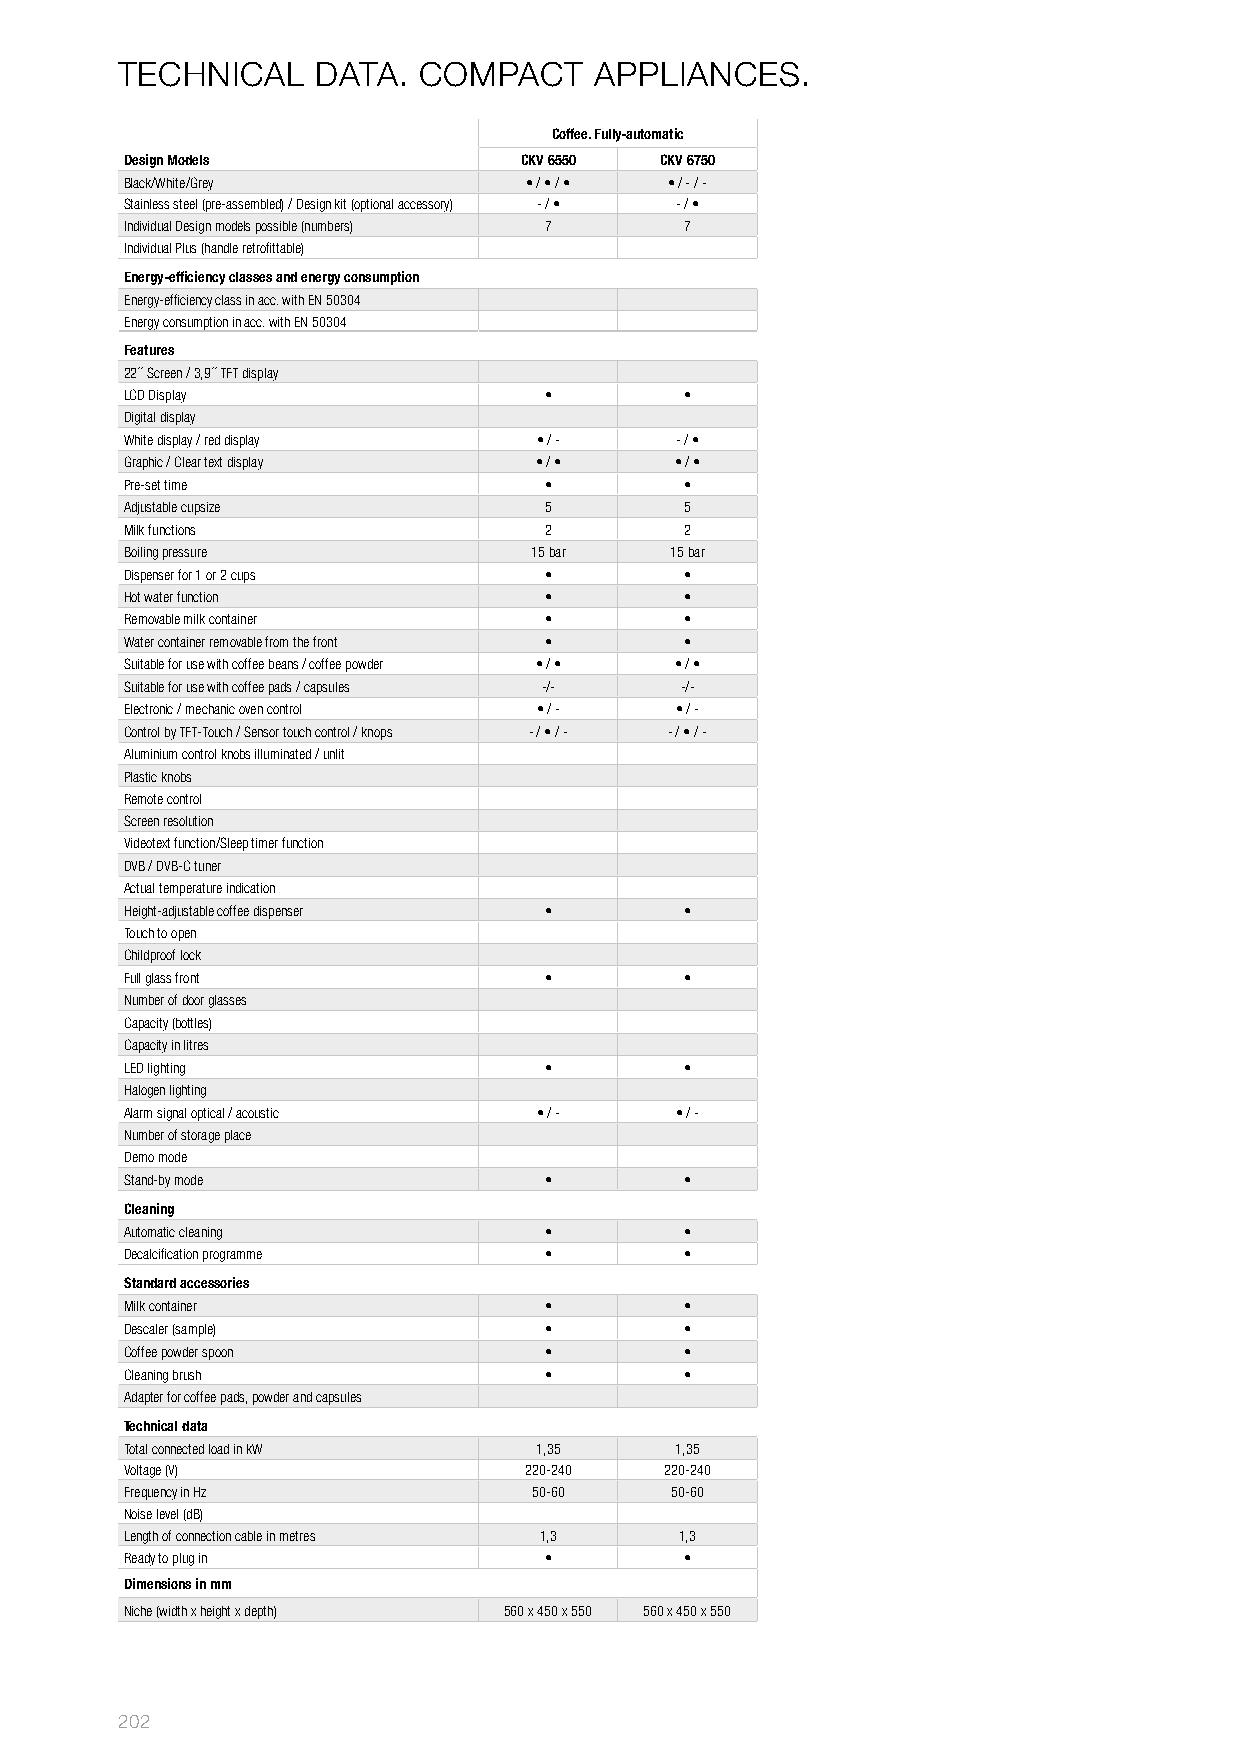
TECHNICAL    DATA.  COMPACT    APPLIANCES.
 Coffee. Fully-automatic
 Design Models             CKV 6550  CKV 6750
 Black/White/Grey           • / • / • • / - / -
 Stainless steel (pre-assembled) / Design kit (optional accessory) - / • - / •
 Individual Design models possible (numbers) 7 7
 Individual Plus (handle retrofittable)
 Energy-efficiency classes and energy consumption
 Energy-efficiency class in acc. with EN 50304
 Energy consumption in acc. with EN 50304
 Features
 22´´ Screen / 3,9´´ TFT display
 LCD Display                 •        •
 Digital display
 White display / red display • / -    - / •
 Graphic / Clear text display • / •   • / •
 Pre-set time                •        •
 Adjustable cupsize          5        5
 Milk functions              2        2
 Boiling pressure           15 bar   15 bar
 Dispenser for 1 or 2 cups   •        •
 Hot water function          •        •
 Removable milk container    •        •
 Water container removable from the front • •
 Suitable for use with coffee beans / coffee powder • / • • / •
 Suitable for use with coffee pads / capsules -/- -/-
 Electronic / mechanic oven control • / - • / -
 Control by TFT-Touch / Sensor touch control / knops - / • / - - / • / -
 Aluminium control knobs illuminated / unlit
 Plastic knobs
 Remote control
 Screen resolution
 Videotext function/Sleep timer function
 DVB / DVB-C tuner
 Actual temperature indication
 Height-adjustable coffee dispenser • •
 Touch to open
 Childproof lock
 Full glass front            •        •
 Number of door glasses
 Capacity (bottles)
 Capacity in litres
 LED lighting                •        •
 Halogen lighting
 Alarm signal optical / acoustic • / - • / -
 Number of storage place
 Demo mode
 Stand-by mode               •        •
 Cleaning
 Automatic cleaning          •        •
 Decalcification programme   •        •
 Standard accessories
 Milk container              •        •
 Descaler (sample)           •        •
 Coffee powder spoon         •        •
 Cleaning brush              •        •
 Adapter for coffee pads, powder and capsules
 Technical data
 Total connected load in kW 1,35      1,35
 Voltage (V)                220-240  220-240
 Frequency in Hz            50-60    50-60
 Noise level (dB)
 Length of connection cable in metres 1,3 1,3
 Ready to plug in            •        •
 Dimensions in mm
 Niche (width x height x depth) 560 x 450 x 550 560 x 450 x 550
 202